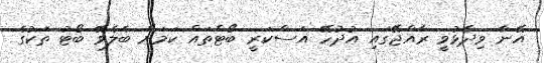
އޭނާ ވިދާޅުވީ ރާއްޖޭގައި އުދުހޭ އަސްކަރީ ބޯޓްތައް ކަމަށް ބެލެވޭ ބޯޓު ތަކުގެ